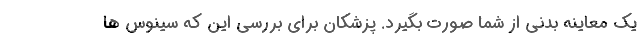
یک معاینه بدنی از شما صورت بگیرد. پزشکان برای بررسی این که سینوس ها